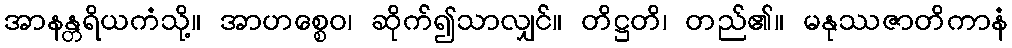
အာနန္တရိယကံသို့။ အာဟစ္စေဝ၊ ဆိုက်၍သာလျှင်။ တိဋ္ဌတိ၊ တည်၏။ မနုဿဇာတိကာနံ